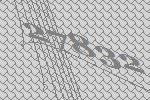
27832